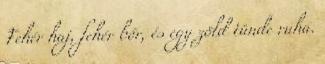
Fehér haj, fehér bőr, és egy zöld tünde ruha.